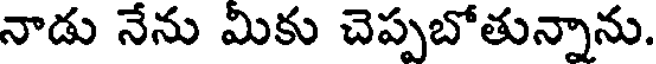
నాడు నేను మికు చెప్పబోతున్నాను.